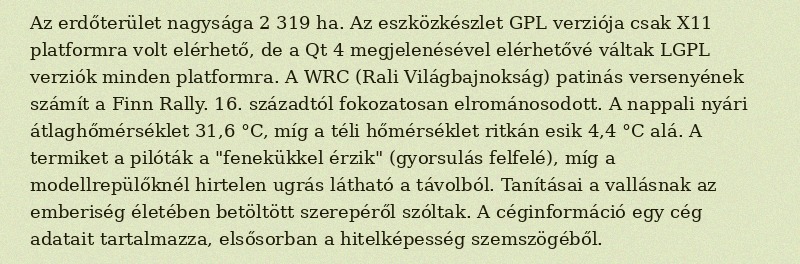
Az erdőterület nagysága 2 319 ha. Az eszközkészlet GPL verziója csak X11 platformra volt elérhető, de a Qt 4 megjelenésével elérhetővé váltak LGPL verziók minden platformra. A WRC (Rali Világbajnokság) patinás versenyének számít a Finn Rally. 16. századtól fokozatosan elrománosodott. A nappali nyári átlaghőmérséklet 31,6 °C, míg a téli hőmérséklet ritkán esik 4,4 °C alá. A termiket a pilóták a "fenekükkel érzik" (gyorsulás felfelé), míg a modellrepülőknél hirtelen ugrás látható a távolból. Tanításai a vallásnak az emberiség életében betöltött szerepéről szóltak. A céginformáció egy cég adatait tartalmazza, elsősorban a hitelképesség szemszögéből.